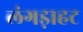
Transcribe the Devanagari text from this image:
लंगड़ाहट